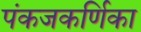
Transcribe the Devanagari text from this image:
पंकजकर्णिका